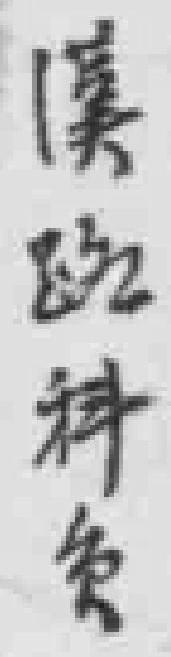
漢*科*